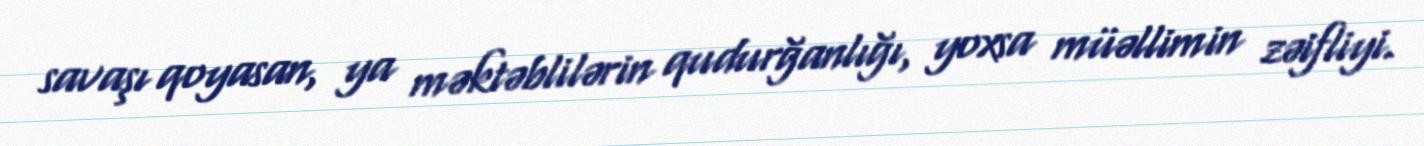
savaşı qoyasan, ya məktəblilərin qudurğanlığı, yoxsa müəllimin zəifliyi.